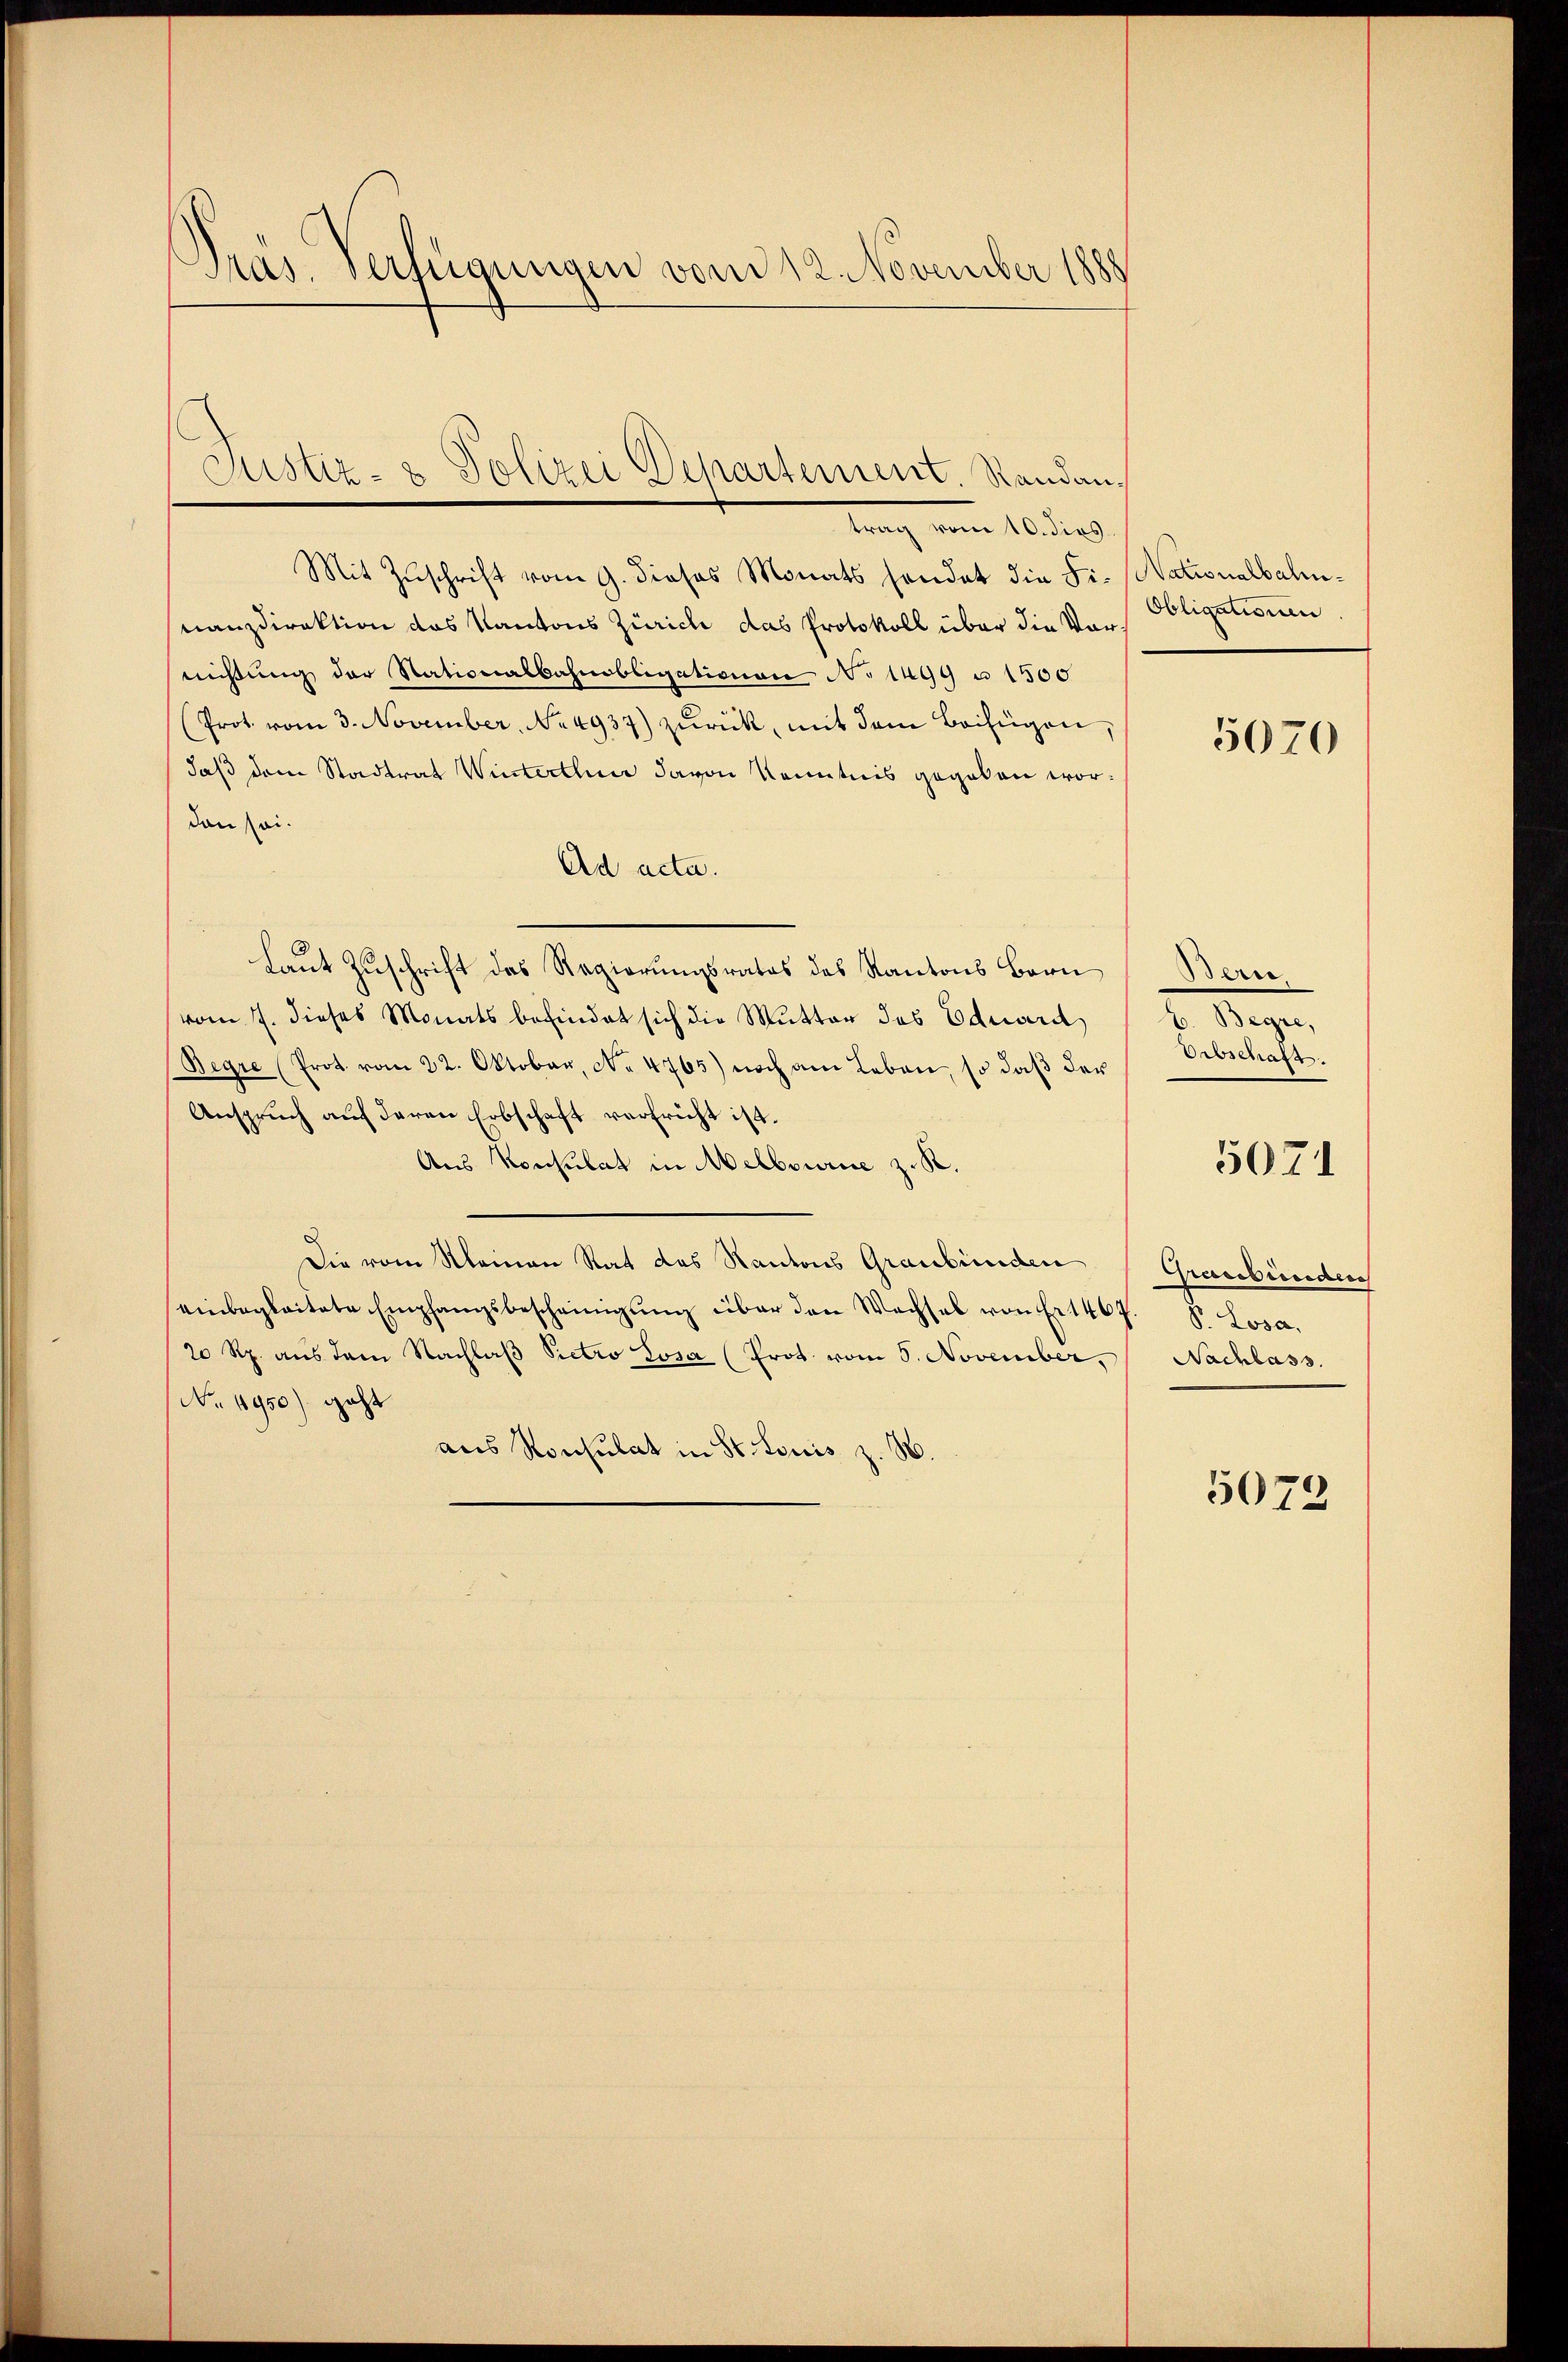
Pras Verfügungen vom 12. November 1888

Mit Zŭschrift vom 9. dieses Monats handet die Fi. Nationalbahnnanzdirektion das Kantons Zürich das Protokoll über die Vormißung der Stationalbahnobligationen No 1499 u 1500
(Prot. vom 3. November, No 4937) zŭrück, mit dem Beifügen,
daß dem Stadtrat Winterthur davon Kenntnis gegeben wordon sei.
Ad acta.
Laut Zuschrift des Regierungsrates des Kantons Bern
vom 7. dieses Monats befindet sich die Mutter des Eduard
Begre (Prot. vom 22. Oktober, No 4765) noch am Leben, so daß der
Anspruch auf deren Erbschaft verfricht ist.
Aus Konsulat in Melbourie z. R.
Die vom Kleinen Rat das Kantons Graubünden
einbegleitete Empfangsbescheinigŭng über den Wechsel von Er 1467. S. Losa,
20 Rp. aus dem Nachlaβ Pietro Losa (Prot. vom 5. November,
No. 1950) geht
aus Konsulat in St. Louis z. B.

Justiz- & Polizei Departement. Randantrag vom 10. dies

Obligationen

5070

eer
Begre,
Erbschaft
Graubünden
Nachlass.

5071

5079